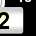
Digit: 2